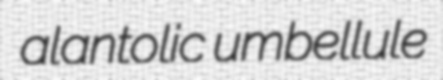
alantolic umbellule